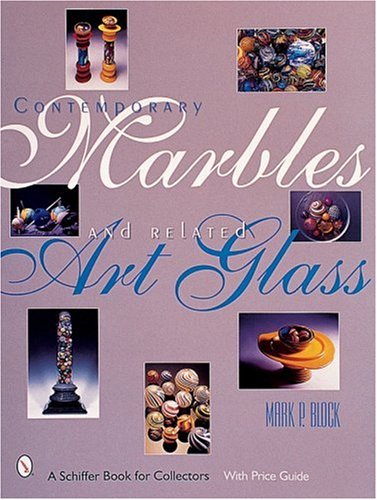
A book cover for Contemporary Marbles and Related Art Glass (A Schiffer Book for Collectors); Mark P. Block; Crafts, Hobbies & Home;